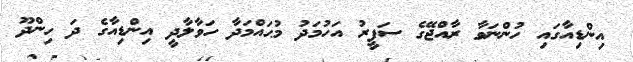
އިންޑިއާގައި ހުންނަވާ ރާއްޖޭގެ ސަފީރު އަހުމަދު މުޙައްމަދާ ހަވާލާދީ އިންޑިއާގެ ދަ ހިންދޫ